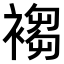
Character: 𧛸